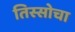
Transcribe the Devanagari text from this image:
तिस्सोचा